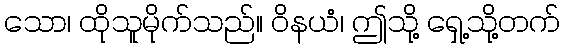
သော၊ ထိုသူမိုက်သည်။ ဝိနယံ၊ ဤသို့ ရှေ့သို့တက်